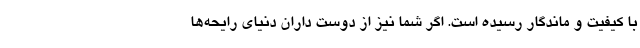
با کیفیت و ماندگار رسیده است. اگر شما نیز از دوست داران دنیای رایحه‌ها